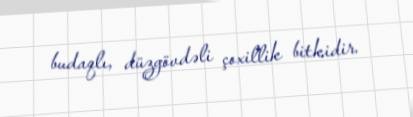
budaqlı, düzgövdəli çoxillik bitkidir.